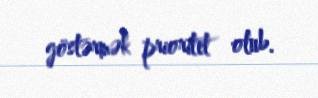
göstərmək prioritet olub.